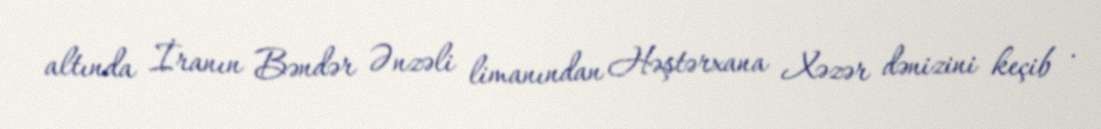
altında İranın Bəndər Ənzəli limanından Həştərxana Xəzər dənizini keçib .